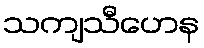
သကျသီဟေန